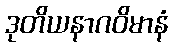
ဒုတိယနာဂဝိမာနံ